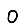
Digit: 0